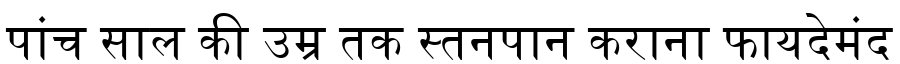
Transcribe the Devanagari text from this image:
पांच साल की उम्र तक स्तनपान कराना फायदेमंद